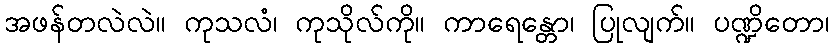
အဖန်တလဲလဲ။ ကုသလံ၊ ကုသိုလ်ကို။ ကာရေန္တော၊ ပြုလျက်။ ပဏ္ဍိတော၊